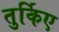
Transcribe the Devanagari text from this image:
तुर्किए